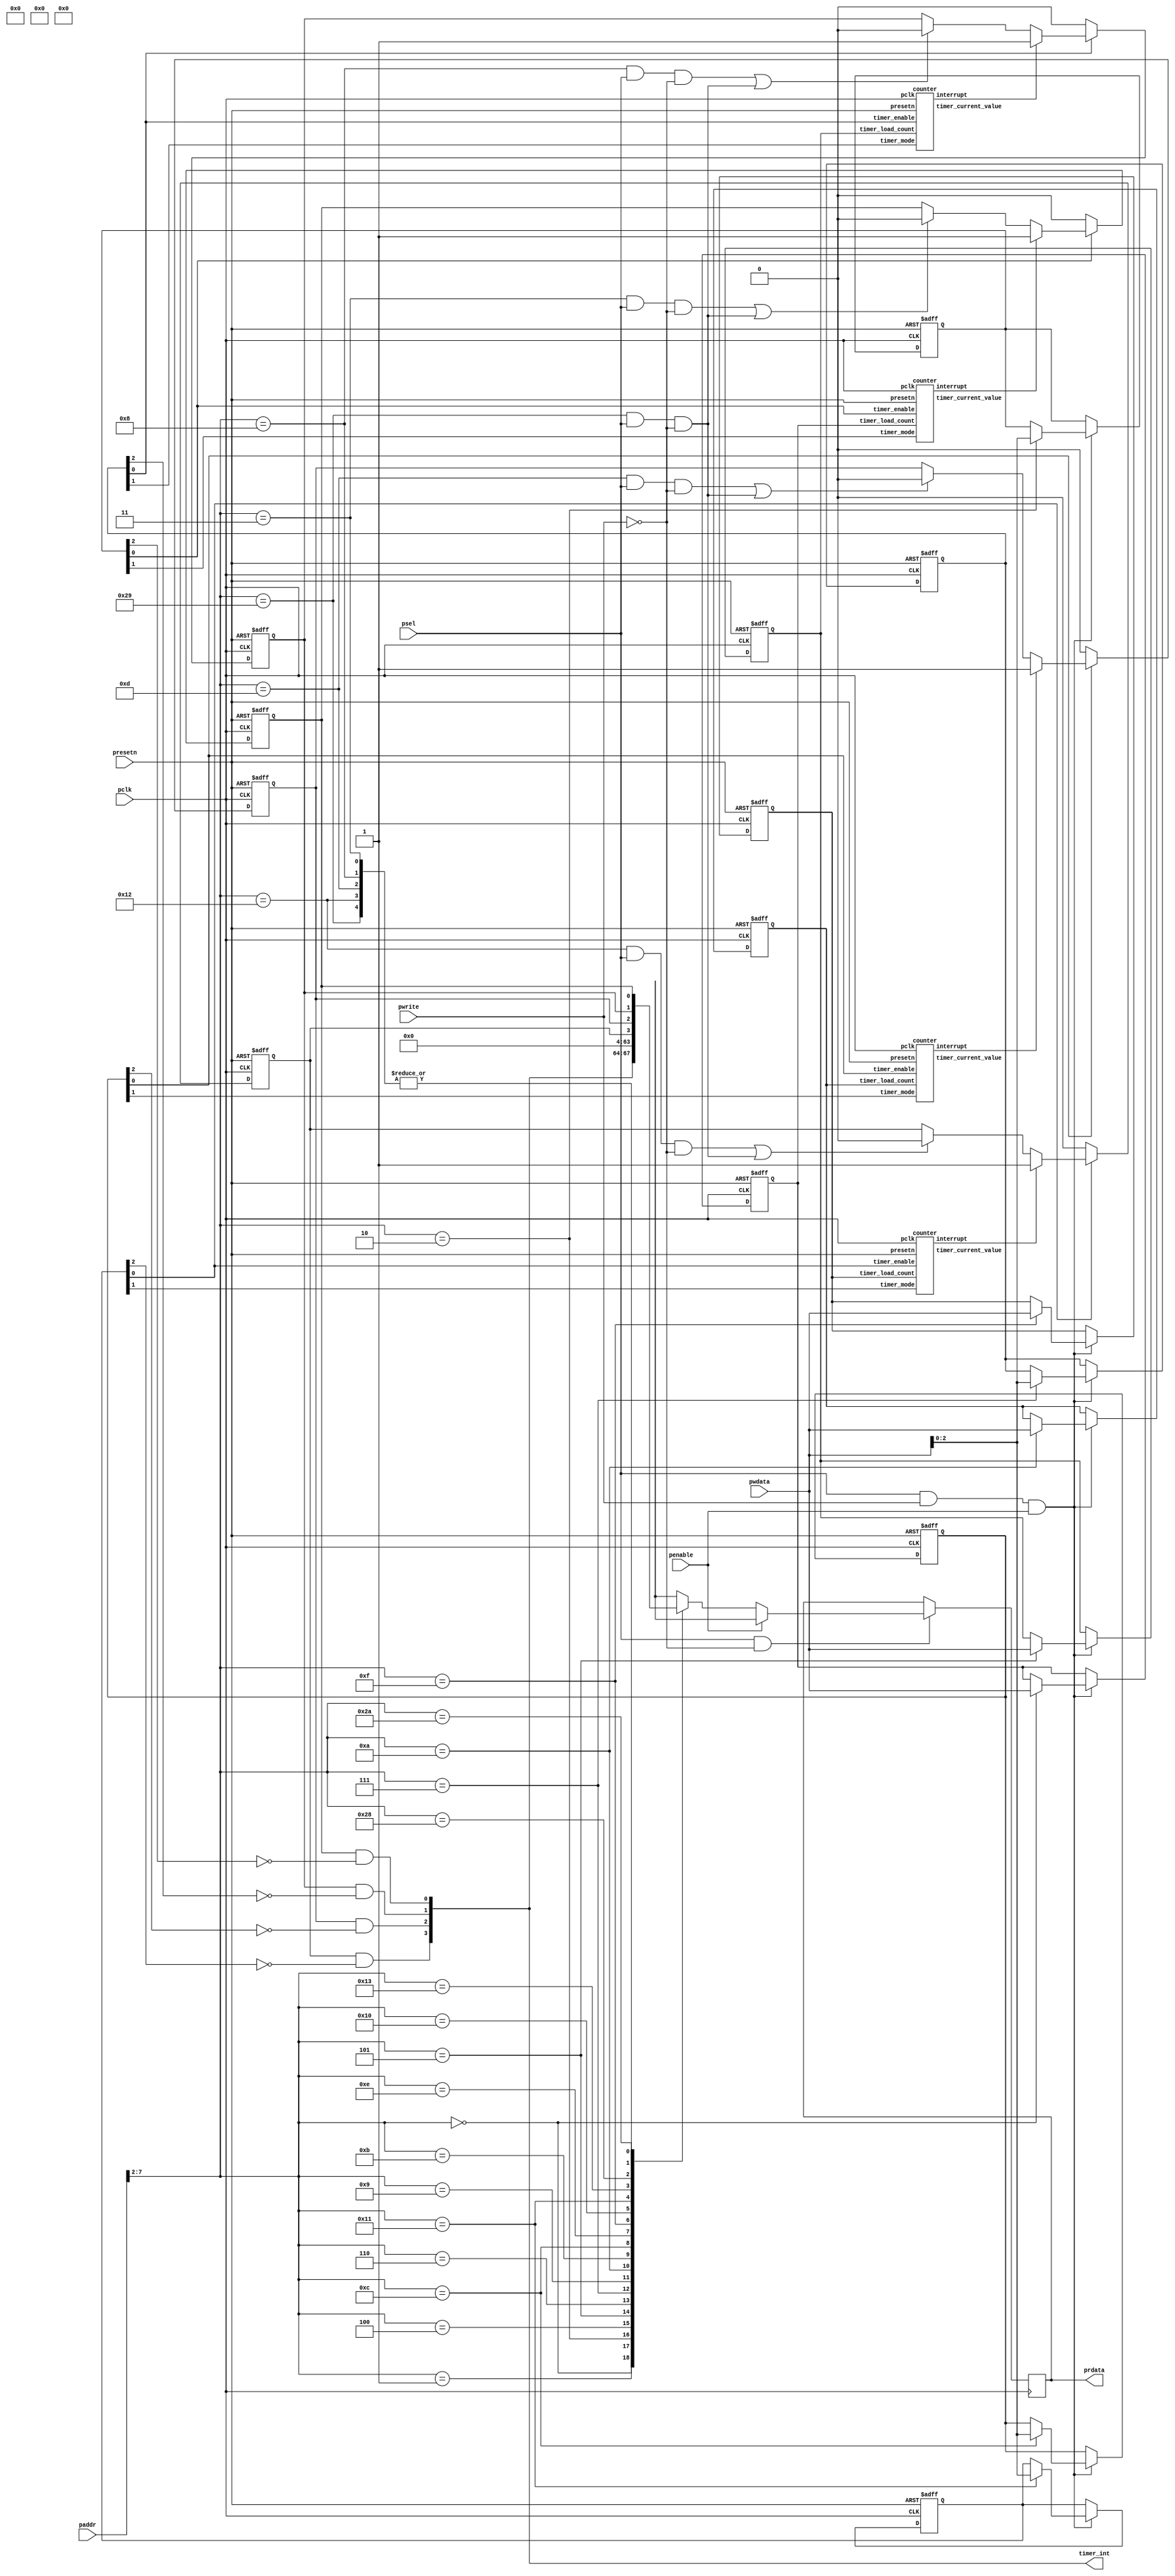
/*Copyright 2020-2021 T-Head Semiconductor Co., Ltd.

Licensed under the Apache License, Version 2.0 (the "License");
you may not use this file except in compliance with the License.
You may obtain a copy of the License at

    http://www.apache.org/licenses/LICENSE-2.0

Unless required by applicable law or agreed to in writing, software
distributed under the License is distributed on an "AS IS" BASIS,
WITHOUT WARRANTIES OR CONDITIONS OF ANY KIND, either express or implied.
See the License for the specific language governing permissions and
limitations under the License.
*/

// &ModuleBeg; @23
module timer(
  paddr,
  pclk,
  penable,
  prdata,
  presetn,
  psel,
  pwdata,
  pwrite,
  timer_int
);

// &Ports; @24
input   [15:0]  paddr;                 
input           pclk;                  
input           penable;               
input           presetn;               
input           psel;                  
input   [31:0]  pwdata;
input           pwrite;
output  [31:0]  prdata;                
output  [3 :0]  timer_int;             

// &Regs; @25
reg     [31:0]  prdata;                
reg     [2 :0]  timer_1_control_reg;   
reg     [31:0]  timer_1_load_count;    
reg             timer_1_raw_int_status; 
reg     [2 :0]  timer_2_control_reg;   
reg     [31:0]  timer_2_load_count;    
reg             timer_2_raw_int_status; 
reg     [2 :0]  timer_3_control_reg;   
reg     [31:0]  timer_3_load_count;    
reg             timer_3_raw_int_status; 
reg     [2 :0]  timer_4_control_reg;   
reg     [31:0]  timer_4_load_count;    
reg             timer_4_raw_int_status; 

// &Wires; @26
wire    [15:0]  paddr;                 
wire            pclk;                  
wire            presetn;               
wire            psel;                  
wire    [31:0]  pwdata;                
wire            pwrite;  
wire    [31:0]  timer_1_current_value; 
wire            timer_1_int_clear;     
wire            timer_1_int_status;    
wire            timer_1_interrupt;     
wire    [31:0]  timer_2_current_value; 
wire            timer_2_int_clear;     
wire            timer_2_int_status;    
wire            timer_2_interrupt;     
wire    [31:0]  timer_3_current_value; 
wire            timer_3_int_clear;     
wire            timer_3_int_status;    
wire            timer_3_interrupt;     
wire    [31:0]  timer_4_current_value; 
wire            timer_4_int_clear;     
wire            timer_4_int_status;    
wire            timer_4_interrupt;     
wire    [3 :0]  timer_int;             
wire            timers_int_clear;      


// &Force("bus","paddr",15,0); @28
// &Force("bus","pwdata",31,0); @29
// &Force("input","penable"); @30
// &Force("output","prdata"); @31
// &Force("bus","prdata",31,0); @32
// &Force("output","timer_int"); @33
// &Force("bus","timer_int",3,0); @34

// &Instance("counter", "timer_1"); @36
counter  timer_1 (
  .interrupt              (timer_1_interrupt     ),
  .pclk                   (pclk                  ),
  .presetn                (presetn               ),
  .timer_current_value    (timer_1_current_value ),
  .timer_enable           (timer_1_control_reg[0]),
  .timer_load_count       (timer_1_load_count    ),
  .timer_mode             (timer_1_control_reg[1])
);

// &Connect(.pclk                    (pclk                     ), @37
//          .presetn                 (presetn                  ), @38
//          .timer_enable            (timer_1_control_reg[0]   ), @39
//          .timer_mode              (timer_1_control_reg[1]   ), @40
//          .timer_load_count        (timer_1_load_count       ), @41
//          .timer_current_value     (timer_1_current_value    ), @42
//          .interrupt               (timer_1_interrupt        ) @43
//          ); @44

// &Instance("counter", "timer_2"); @46
counter  timer_2 (
  .interrupt              (timer_2_interrupt     ),
  .pclk                   (pclk             ),
  .presetn                (presetn          ),
  .timer_current_value    (timer_2_current_value ),
  .timer_enable           (timer_2_control_reg[0]),
  .timer_load_count       (timer_2_load_count    ),
  .timer_mode             (timer_2_control_reg[1])
);

// &Connect(.pclk                    (pclk                     ), @47
//          .presetn                 (presetn                  ), @48
//          .timer_enable            (timer_2_control_reg[0]   ), @49
//          .timer_mode              (timer_2_control_reg[1]   ), @50
//          .timer_load_count        (timer_2_load_count       ), @51
//          .timer_current_value     (timer_2_current_value    ), @52
//          .interrupt               (timer_2_interrupt        ) @53
//          ); @54

// &Instance("counter", "timer_3"); @56
counter  timer_3 (
  .interrupt              (timer_3_interrupt     ),
  .pclk                   (pclk             ),
  .presetn                (presetn          ),
  .timer_current_value    (timer_3_current_value ),
  .timer_enable           (timer_3_control_reg[0]),
  .timer_load_count       (timer_3_load_count    ),
  .timer_mode             (timer_3_control_reg[1])
);

// &Connect(.pclk                    (pclk                     ), @57
//          .presetn                 (presetn                  ), @58
//          .timer_enable            (timer_3_control_reg[0]   ), @59
//          .timer_mode              (timer_3_control_reg[1]   ), @60
//          .timer_load_count        (timer_3_load_count       ), @61
//          .timer_current_value     (timer_3_current_value    ), @62
//          .interrupt               (timer_3_interrupt        ) @63
//          ); @64

// &Instance("counter", "timer_4"); @66
counter  timer_4 (
  .interrupt              (timer_4_interrupt     ),
  .pclk                   (pclk             ),
  .presetn                (presetn          ),
  .timer_current_value    (timer_4_current_value ),
  .timer_enable           (timer_4_control_reg[0]),
  .timer_load_count       (timer_4_load_count    ),
  .timer_mode             (timer_4_control_reg[1])
);

// &Connect(.pclk                    (pclk                     ), @67
//          .presetn                 (presetn                  ), @68
//          .timer_enable            (timer_4_control_reg[0]   ), @69
//          .timer_mode              (timer_4_control_reg[1]   ), @70
//          .timer_load_count        (timer_4_load_count       ), @71
//          .timer_current_value     (timer_4_current_value    ), @72
//          .interrupt               (timer_4_interrupt        ) @73
//          ); @74

//==========================================================
//                  APB PWDATA
//==========================================================
always @(posedge pclk or negedge presetn)
begin
  if(!presetn)
  begin
    timer_1_load_count <= 32'b0;
    timer_1_control_reg <= 3'b0;
    timer_2_load_count <= 32'b0;
    timer_2_control_reg <= 3'b0;
    timer_3_load_count <= 32'b0;
    timer_3_control_reg <= 3'b0;
    timer_4_load_count <= 32'b0;
    timer_4_control_reg <= 3'b0;
  end
  else
  begin
    if(psel && pwrite && penable)
    begin
      case(paddr[7:2])
        6'b000000:
        begin
          timer_1_load_count <= pwdata;
        end
        6'b000010:
        begin
          timer_1_control_reg <= pwdata[2:0];
        end
        6'b000101:
        begin
          timer_2_load_count <= pwdata;
        end
        6'b000111:
        begin
          timer_2_control_reg <= pwdata[2:0];
        end
        6'b001010:
        begin
          timer_3_load_count <= pwdata;
        end
        6'b001100:
        begin
          timer_3_control_reg <= pwdata[2:0];
        end
        6'b001111:
        begin
          timer_4_load_count <= pwdata;
        end
        6'b010001:
        begin
          timer_4_control_reg <= pwdata[2:0];
        end
      endcase
    end
  end
end
    
//==========================================================
//                  APB PRDATA
//==========================================================
always @(posedge pclk)
begin
  if(psel && !pwrite)
  begin
    if (!penable)
	begin
      case(paddr[7:2])
        6'b000000:
        begin
          prdata <= timer_1_load_count;
        end
        6'b000001:
        begin
          prdata <= timer_1_current_value;
        end
        6'b000010:
        begin
          prdata <= {29'b0, timer_1_control_reg};
        end
        6'b000011:
        begin
          prdata <= 32'b0;
        end
        6'b000100:
        begin
          prdata <= {31'b0, timer_1_int_status};
        end
        6'b000101:
        begin
          prdata <= timer_2_load_count;
        end
        6'b000110:
        begin
          prdata <= timer_2_current_value;
        end
        6'b000111:
        begin
          prdata <= {29'b0, timer_2_control_reg};
        end
        6'b001000:
        begin
          prdata <= 32'b0;
        end
        6'b001001:
        begin
          prdata <= {31'b0, timer_2_int_status};
        end
        6'b001010:
        begin
          prdata <= timer_3_load_count;
        end
        6'b001011:
        begin
          prdata <= timer_3_current_value;
        end
        6'b001100:
        begin
          prdata <= {29'b0, timer_3_control_reg};
        end
        6'b001101:
        begin
          prdata <= 32'b0;
        end
        6'b001110:
        begin
          prdata <= {31'b0, timer_3_int_status};
        end
        6'b001111:
        begin
          prdata <= timer_4_load_count;
        end
        6'b010000:
        begin
          prdata <= timer_4_current_value;
        end
        6'b010001:
        begin
          prdata <= {29'b0, timer_4_control_reg};
        end
        6'b010010:
        begin
          prdata <= 32'b0;
        end
        6'b010011:
        begin
          prdata <= {31'b0, timer_4_int_status};
        end
        6'b101000:
        begin
          prdata <= {28'b0, timer_int};
        end
        6'b101001:
        begin
          prdata <= 32'b0;
        end
        6'b101010:
        begin
          prdata <= {28'b0, timer_4_raw_int_status, timer_3_raw_int_status, timer_2_raw_int_status, timer_1_raw_int_status};
        end
        default:
        begin
          prdata <= 32'bx;
        end
      endcase
	end
	else
	begin
	  prdata <= 32'bx;
	end
  end
end

assign timer_int = {timer_4_int_status, timer_3_int_status, timer_2_int_status, timer_1_int_status};

//==========================================================
//             Clear Interrupt when reads EOI
//==========================================================
assign timer_1_int_clear = (paddr[7:2] == 6'b000011) && psel && !pwrite;
assign timer_2_int_clear = (paddr[7:2] == 6'b001000) && psel && !pwrite;
assign timer_3_int_clear = (paddr[7:2] == 6'b001101) && psel && !pwrite;
assign timer_4_int_clear = (paddr[7:2] == 6'b010010) && psel && !pwrite;
assign timers_int_clear = (paddr[7:2] == 6'b101001) && psel && !pwrite;

//==========================================================
//             Timer 1 interrupt set and clear
//==========================================================
assign timer_1_int_status = timer_1_raw_int_status && !timer_1_control_reg[2];
always @(posedge pclk or negedge presetn)
begin
  if(!presetn)
  begin
    timer_1_raw_int_status <= 1'b0;
  end
  else
  begin
    if(timer_1_control_reg[0])
    begin
      if(timer_1_interrupt)
      begin
        timer_1_raw_int_status <= 1'b1;
      end
      else
      begin
        if(timer_1_int_clear || timers_int_clear)
        begin
          timer_1_raw_int_status <= 1'b0;
        end
      end
    end
    else
    begin
      timer_1_raw_int_status <= 1'b0;
    end
  end
end

//==========================================================
//             Timer 2 interrupt set and clear
//==========================================================
assign timer_2_int_status = timer_2_raw_int_status && !timer_2_control_reg[2];
always @(posedge pclk or negedge presetn)
begin
  if(!presetn)
  begin
    timer_2_raw_int_status <= 1'b0;
  end
  else
  begin
    if(timer_2_control_reg[0])
    begin
      if(timer_2_interrupt)
      begin
        timer_2_raw_int_status <= 1'b1;
      end
      else
      begin
        if(timer_2_int_clear || timers_int_clear)
        begin
          timer_2_raw_int_status <= 1'b0;
        end
      end
    end
    else
    begin
      timer_2_raw_int_status <= 1'b0;
    end
  end
end

//==========================================================
//             Timer 3 interrupt set and clear
//==========================================================
assign timer_3_int_status = timer_3_raw_int_status && !timer_3_control_reg[2];
always @(posedge pclk or negedge presetn)
begin
  if(!presetn)
  begin
    timer_3_raw_int_status <= 1'b0;
  end
  else
  begin
    if(timer_3_control_reg[0])
    begin
      if(timer_3_interrupt)
      begin
        timer_3_raw_int_status <= 1'b1;
      end
      else
      begin
        if(timer_3_int_clear || timers_int_clear)
        begin
          timer_3_raw_int_status <= 1'b0;
        end
      end
    end
    else
    begin
      timer_3_raw_int_status <= 1'b0;
    end
  end
end

//==========================================================
//             Timer 4 interrupt set and clear
//==========================================================
assign timer_4_int_status = timer_4_raw_int_status && !timer_4_control_reg[2];
always @(posedge pclk or negedge presetn)
begin
  if(!presetn)
  begin
    timer_4_raw_int_status <= 1'b0;
  end
  else
  begin
    if(timer_4_control_reg[0])
    begin
      if(timer_4_interrupt)
      begin
        timer_4_raw_int_status <= 1'b1;
      end
      else
      begin
        if(timer_4_int_clear || timers_int_clear)
        begin
          timer_4_raw_int_status <= 1'b0;
        end
      end
    end
    else
    begin
      timer_4_raw_int_status <= 1'b0;
    end
  end
end

// &ModuleEnd; @385
endmodule

module counter(
  interrupt,
  pclk,
  presetn,
  timer_current_value,
  timer_enable,
  timer_load_count,
  timer_mode
);

// &Ports; @24
input           pclk;               
input           presetn;            
input           timer_enable;       
input   [31:0]  timer_load_count;   
input           timer_mode;         
output          interrupt;          
output  [31:0]  timer_current_value; 

// &Regs; @25
reg     [31:0]  counter;            
reg             interrupt;          
reg             timer_enable_flop;  

// &Wires; @26
wire            load_cnt_en;        
wire            pclk;               
wire            presetn;            
wire    [31:0]  timer_current_value; 
wire            timer_enable;       
wire    [31:0]  timer_load_count;   
wire            timer_mode;         


//==========================================================
//                 Counter
//==========================================================
always @(posedge pclk or negedge presetn)
begin
  if(!presetn)
  begin
      timer_enable_flop <=0;
  end
  else
  begin
      timer_enable_flop <=timer_enable ;
  end
end

assign load_cnt_en= (timer_enable && !timer_enable_flop)
                    || !(|counter[31:0]);

always @(posedge pclk or negedge presetn)
begin
  if(!presetn)
  begin
      counter[31:0] <=32'hffffffff;
  end
  else if(load_cnt_en)
  begin
    if(timer_mode)
    begin
      counter[31:0]<=timer_load_count[31:0];
    end
    else 
    begin
      counter[31:0]<=32'hffffffff;
    end
  end
  else if (timer_enable)
  begin
    counter[31:0]<=counter[31:0]-1'b1;
  end
  else
  begin
    counter[31:0]<=counter[31:0];
  end
end

assign timer_current_value[31:0]=counter[31:0];
//==========================================================
//                Interrupt sigals 
//==========================================================
//internel interrupt
always @(posedge pclk or negedge presetn)
begin
  if(!presetn)
  begin
    interrupt <=1'b0;
  end
  else if(!{|counter[31:0]})
  begin
    interrupt <=1'b1;
  end
  else
  begin
    interrupt<=1'b0 ;
  end
end

// &ModuleEnd; @94
endmodule